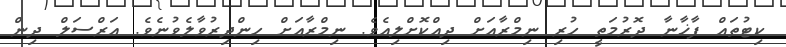
ކިޓުތައް ފާޚާނާ ދޮރުމަތީ ހުރި ނިމްރާއަށް ދިއްކޮށްލިއެވެ. ނިމްރާއަށް ހިންދިރުވާލެވުނެވެ. އަރްސަލް ދިން